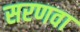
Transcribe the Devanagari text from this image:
सरणवा